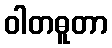
ဝါတဓူတာ